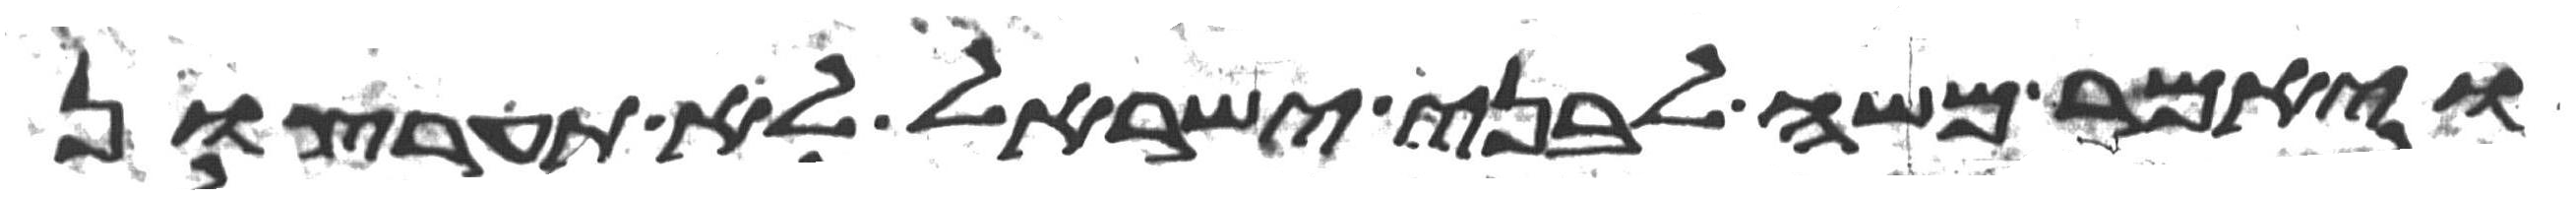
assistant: ויאמר משה לבני ישראל לא תערצון